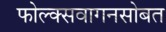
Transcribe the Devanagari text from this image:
फोल्क्सवागनसोबत